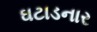
ઘટાડનાર